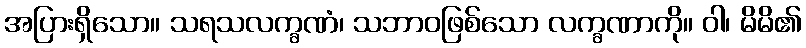
အပြားရှိသော။ သရသလက္ခဏံ၊ သဘာဝဖြစ်သော လက္ခဏာကို။ ဝါ၊ မိမိ၏